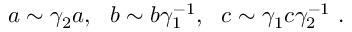
a \sim \gamma _ { 2 } a , ~ ~ b \sim b \gamma _ { 1 } ^ { - 1 } , ~ ~ c \sim \gamma _ { 1 } c \gamma _ { 2 } ^ { - 1 } \ .